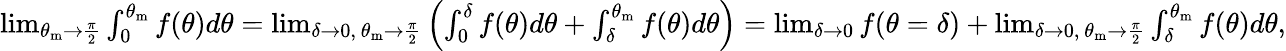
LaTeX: \begin{array}{r}{\operatorname*{lim}_{\theta_{\mathrm{m}}\rightarrow\frac{\pi}{2}}\int_{0}^{\theta_{\mathrm{m}}}f(\theta)d\theta=\operatorname*{lim}_{\delta\rightarrow 0,~\theta_{\mathrm{m}}\rightarrow\frac{\pi}{2}}\left(\int_{0}^{\delta}f(\theta)d\theta+\int_{\delta}^{\theta_{\mathrm{m}}}f(\theta)d\theta\right)=\operatorname*{lim}_{\delta\to 0}f(\theta=\delta)+\operatorname*{lim}_{\delta\rightarrow 0,~\theta_{\mathrm{m}}\rightarrow\frac{\pi}{2}}\int_{\delta}^{\theta_{\mathrm{m}}}f(\theta)d\theta,}\end{array}